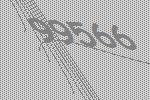
99566